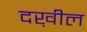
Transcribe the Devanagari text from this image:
दख़ील